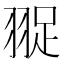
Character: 䎌